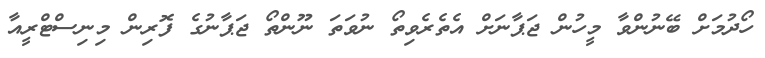
ހޯދުމަށް ބޭނުންވާ މީހުން ޖަޕާނަށް އެތެރެވިތޯ ނުވަތަ ނޫންތޯ ޖަޕާނުގެ ފޮރިން މިނިސްޓްރީއާ